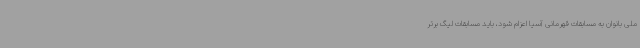
ملی بانوان به مسابقات قهرمانی آسیا اعزام شود، باید مسابقات لیگ برتر